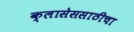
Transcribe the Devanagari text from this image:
क्लासेससाठीचा